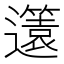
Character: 𨘻